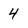
Character: 4